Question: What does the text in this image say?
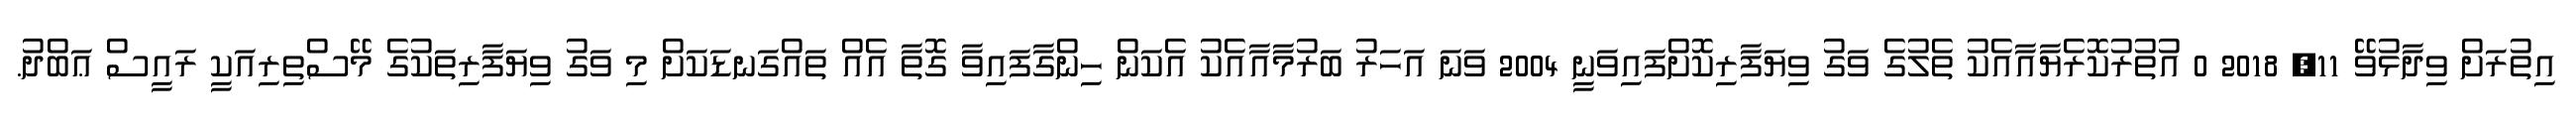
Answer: އިތުރަށް ވިދާޅުވޭ 11, 2018 0 އުތުރުކޮރެޔާއާއެކު ތެލުގެ ވަގު ވިޔަފާރިކޮށްފައިވަނީ 2004 ވަނަ އަހަރު ބަރުމާއާއެކު އެކަން ހިންގާފައިވާ ގޮތާ އެއް ތައްގަނޑަކަށް މި ވަގު ވިޔަފާރިތަކުގެ މޭސްތިރިއަކީ ރައީސް ޢަބްދު.